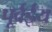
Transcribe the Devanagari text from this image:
पूर्वईय